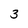
Character: 3